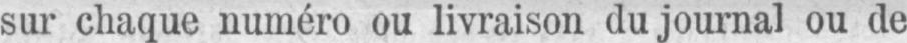
sur chaque numéro ou livraison du journal ou de